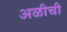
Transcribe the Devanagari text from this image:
अळीची